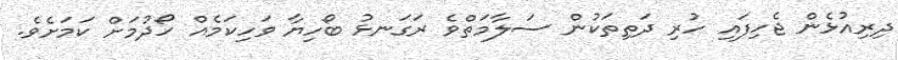
ދިރިއުޅެން ޖެހިފައި ހުރި ދަތިތަކުން ސަލާމަތްވެ ރަގަނޅު ބޯހިޔާ ވަހިކަމެއް ހޯދުމަށް ކަމަށެވެ.